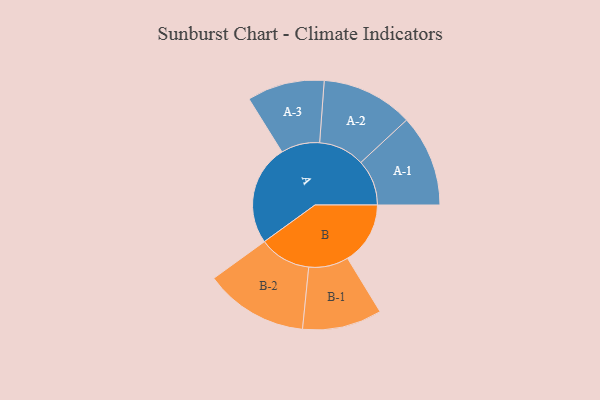
{"axis": {"x": "Segment", "y": "Value"}, "legend": ["", "A", "B"], "data": [{"x": "A", "y": 377, "type": ""}, {"x": "B", "y": 235, "type": ""}, {"x": "A-1", "y": 172, "type": "A"}, {"x": "A-2", "y": 172, "type": "A"}, {"x": "A-3", "y": 145, "type": "A"}, {"x": "B-1", "y": 149, "type": "B"}, {"x": "B-2", "y": 194, "type": "B"}]}